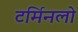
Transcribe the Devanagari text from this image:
टर्मिनलो